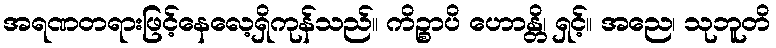
အရဏတရားဖြင့်နေလေ့ရှိကုန်သည်။ ကိဉ္စာပိ ဟောန္တိ၊ ရှင့်။ အညေ၊ သုဘူတိ